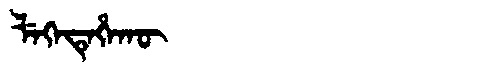
Manchu: ᠯᡝᡴᡝᡨᡝᡥᠠᡴᡡ
Romanization: LEKETEHAKŪ